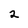
Character: 2